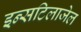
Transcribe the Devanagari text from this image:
इन्सटिलाजेल